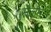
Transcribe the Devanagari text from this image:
सैलेम